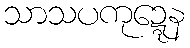
သာသပကုဍ္ဍေန